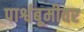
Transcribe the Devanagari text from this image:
पार्श्वबूमीवर